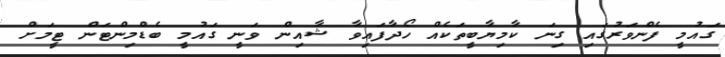
ގައުމީ ފެންވަރުގައި ގިނަ ކާމިޔާބީތަކެއް ހޯދާފައިވާ ޝާއިން ވަނީ ގައުމީ ބެޑްމިންޓަން ޓީމަށް